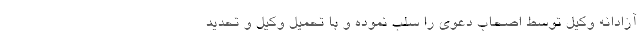
آزادانه وکیل توسط اصحاب دعوی را سلب نموده و با تحمیل وکیل و تحدید